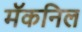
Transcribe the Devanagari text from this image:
मॅकनिल